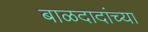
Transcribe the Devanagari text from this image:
बाळदादांच्या